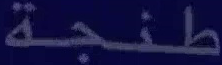
طنجة